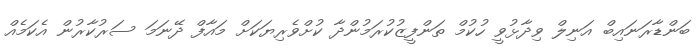
ބަންޑާރަނައިބް އަނިލް ވިދާޅުވީ ހުކުމް ތަންފީޒުކުރަމުންދާ ކުށްވެރިޔަކަށް މައާފް ދޭނަމަ ސަރުކާރުން އެކަމެއް